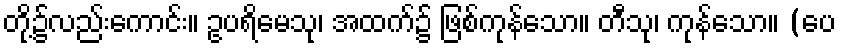
တို့၌လည်းကောင်း။ ဥပရိမေသု၊ အထက်၌ ဖြစ်ကုန်သော။ တီသု၊ ကုန်သော။ (ပေ